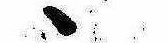
ゝ